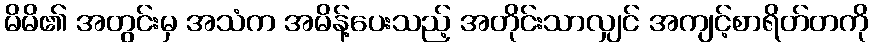
မိမိ၏ အတွင်းမှ အသံက အမိန့်ပေးသည့် အတိုင်းသာလျှင် အကျင့်စာရိတ်တကို